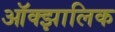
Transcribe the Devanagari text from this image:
ऑक्झालिक